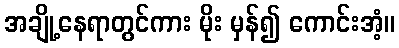
အချို့နေရာတွင်ကား မိုး မှန်၍ ကောင်းအံ့။